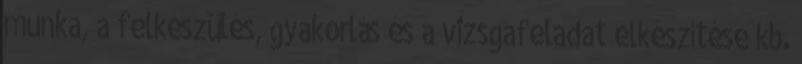
munka, a felkészülés, gyakorlás és a vizsgafeladat elkészítése kb.